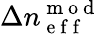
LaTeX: \Delta n_{\mathrm{~e~f~f~}}^{\mathrm{~m~o~d~}}